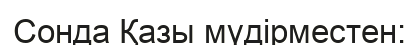
Сонда Қазы мүдірместен: